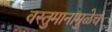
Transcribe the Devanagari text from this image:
वस्तुमानामुळेच